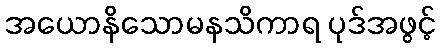
အယောနိသောမနသိကာရ ပုဒ်အဖွင့်